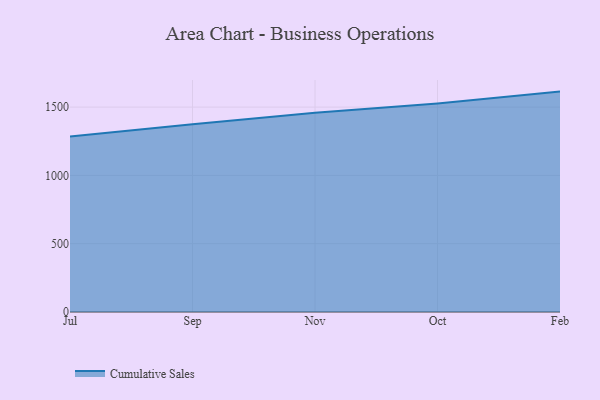
{"axis": {"x": "Month", "y": "Humidity (%)"}, "legend": ["Cumulative Sales"], "data": [{"x": "Jul", "y": 1284.5, "type": "Cumulative Sales"}, {"x": "Sep", "y": 1375.0, "type": "Cumulative Sales"}, {"x": "Nov", "y": 1457.9, "type": "Cumulative Sales"}, {"x": "Oct", "y": 1526.2, "type": "Cumulative Sales"}, {"x": "Feb", "y": 1613.5, "type": "Cumulative Sales"}]}